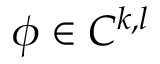
\phi \in C ^ { k , l }